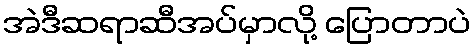
အဲဒီဆရာဆီအပ်မှာလို့ ပြောတာပဲ